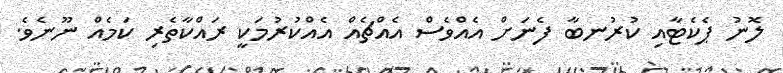
ލޮނު ޕެކެޓާއި ކުރުނބާ ފެނަށް އެއްވެސް އެއްޗެއް އެއްކުރުމަކީ ރައްކާތެރި ކަމެއް ނޫނެވެ.